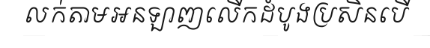
លក់តាមអនឡាញលើកដំបូងប្រសិនបើ